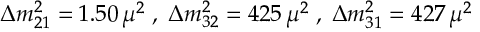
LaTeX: \Delta m _ { 2 1 } ^ { 2 } = 1 . 5 0 \, \mu ^ { 2 } \; , \; \Delta m _ { 3 2 } ^ { 2 } = 4 2 5 \, \mu ^ { 2 } \; , \; \Delta m _ { 3 1 } ^ { 2 } = 4 2 7 \, \mu ^ { 2 }